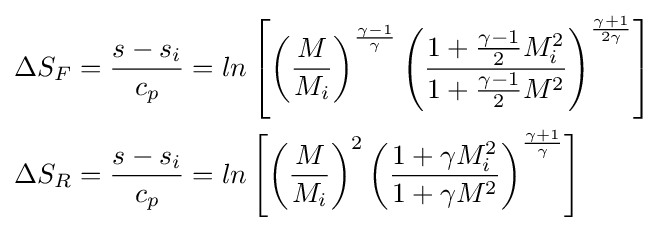
{\begin{aligned}\Delta S_{F}&={\frac {s-s_{i}}{c_{p}}}=ln\left[\left({\frac {M}{M_{i}}}\right)^{\frac {\gamma -1}{\gamma }}\left({\frac {1+{\frac {\gamma -1}{2}}M_{i}^{2}}{1+{\frac {\gamma -1}{2}}M^{2}}}\right)^{\frac {\gamma +1}{2\gamma }}\right]\\\Delta S_{R}&={\frac {s-s_{i}}{c_{p}}}=ln\left[\left({\frac {M}{M_{i}}}\right)^{2}\left({\frac {1+\gamma M_{i}^{2}}{1+\gamma M^{2}}}\right)^{\frac {\gamma +1}{\gamma }}\right]\end{aligned}}